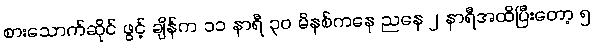
စားသောက်ဆိုင် ဖွင့် ချိန်က ၁၁ နာရီ ၃၀ မိနစ်ကနေ ညနေ ၂ နာရီအထိပြီးတော့ ၅